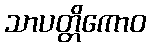
သာပတ္တိကောဝ